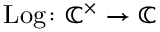
\operatorname { L o g } \colon \mathbb { C } ^ { \times } \to \mathbb { C }